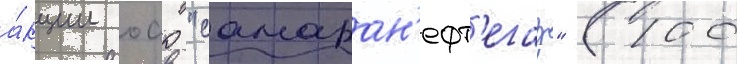
а́кции оао "самаран'ефт'егаз" (100